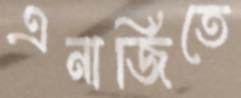
এনার্জিতে